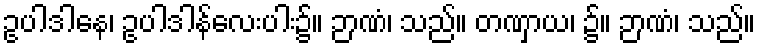
ဥပါဒါနေ၊ ဥပါဒါန်လေးပါး၌။ ဉာဏံ၊ သည်။ တဏှာယ၊ ၌။ ဉာဏံ၊ သည်။